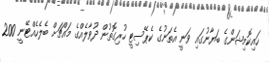
ހައިކޮމިޝަންގެ ބަޔާނުގައި ވަނީ އެތަނުގެ ކެޕޭސިޓީ ހުރިގޮތުން ދުވާލެއްގެ މައްޗަށް ބެލެހެއްޓޭނީ 200